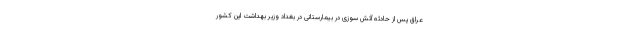
عراق پس از حادثه آتش سوزی در بیمارستانی در بغداد وزیر بهداشت این کشور